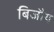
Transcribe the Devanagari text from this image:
बिजौय